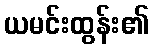
ယမင်းထွန်း၏